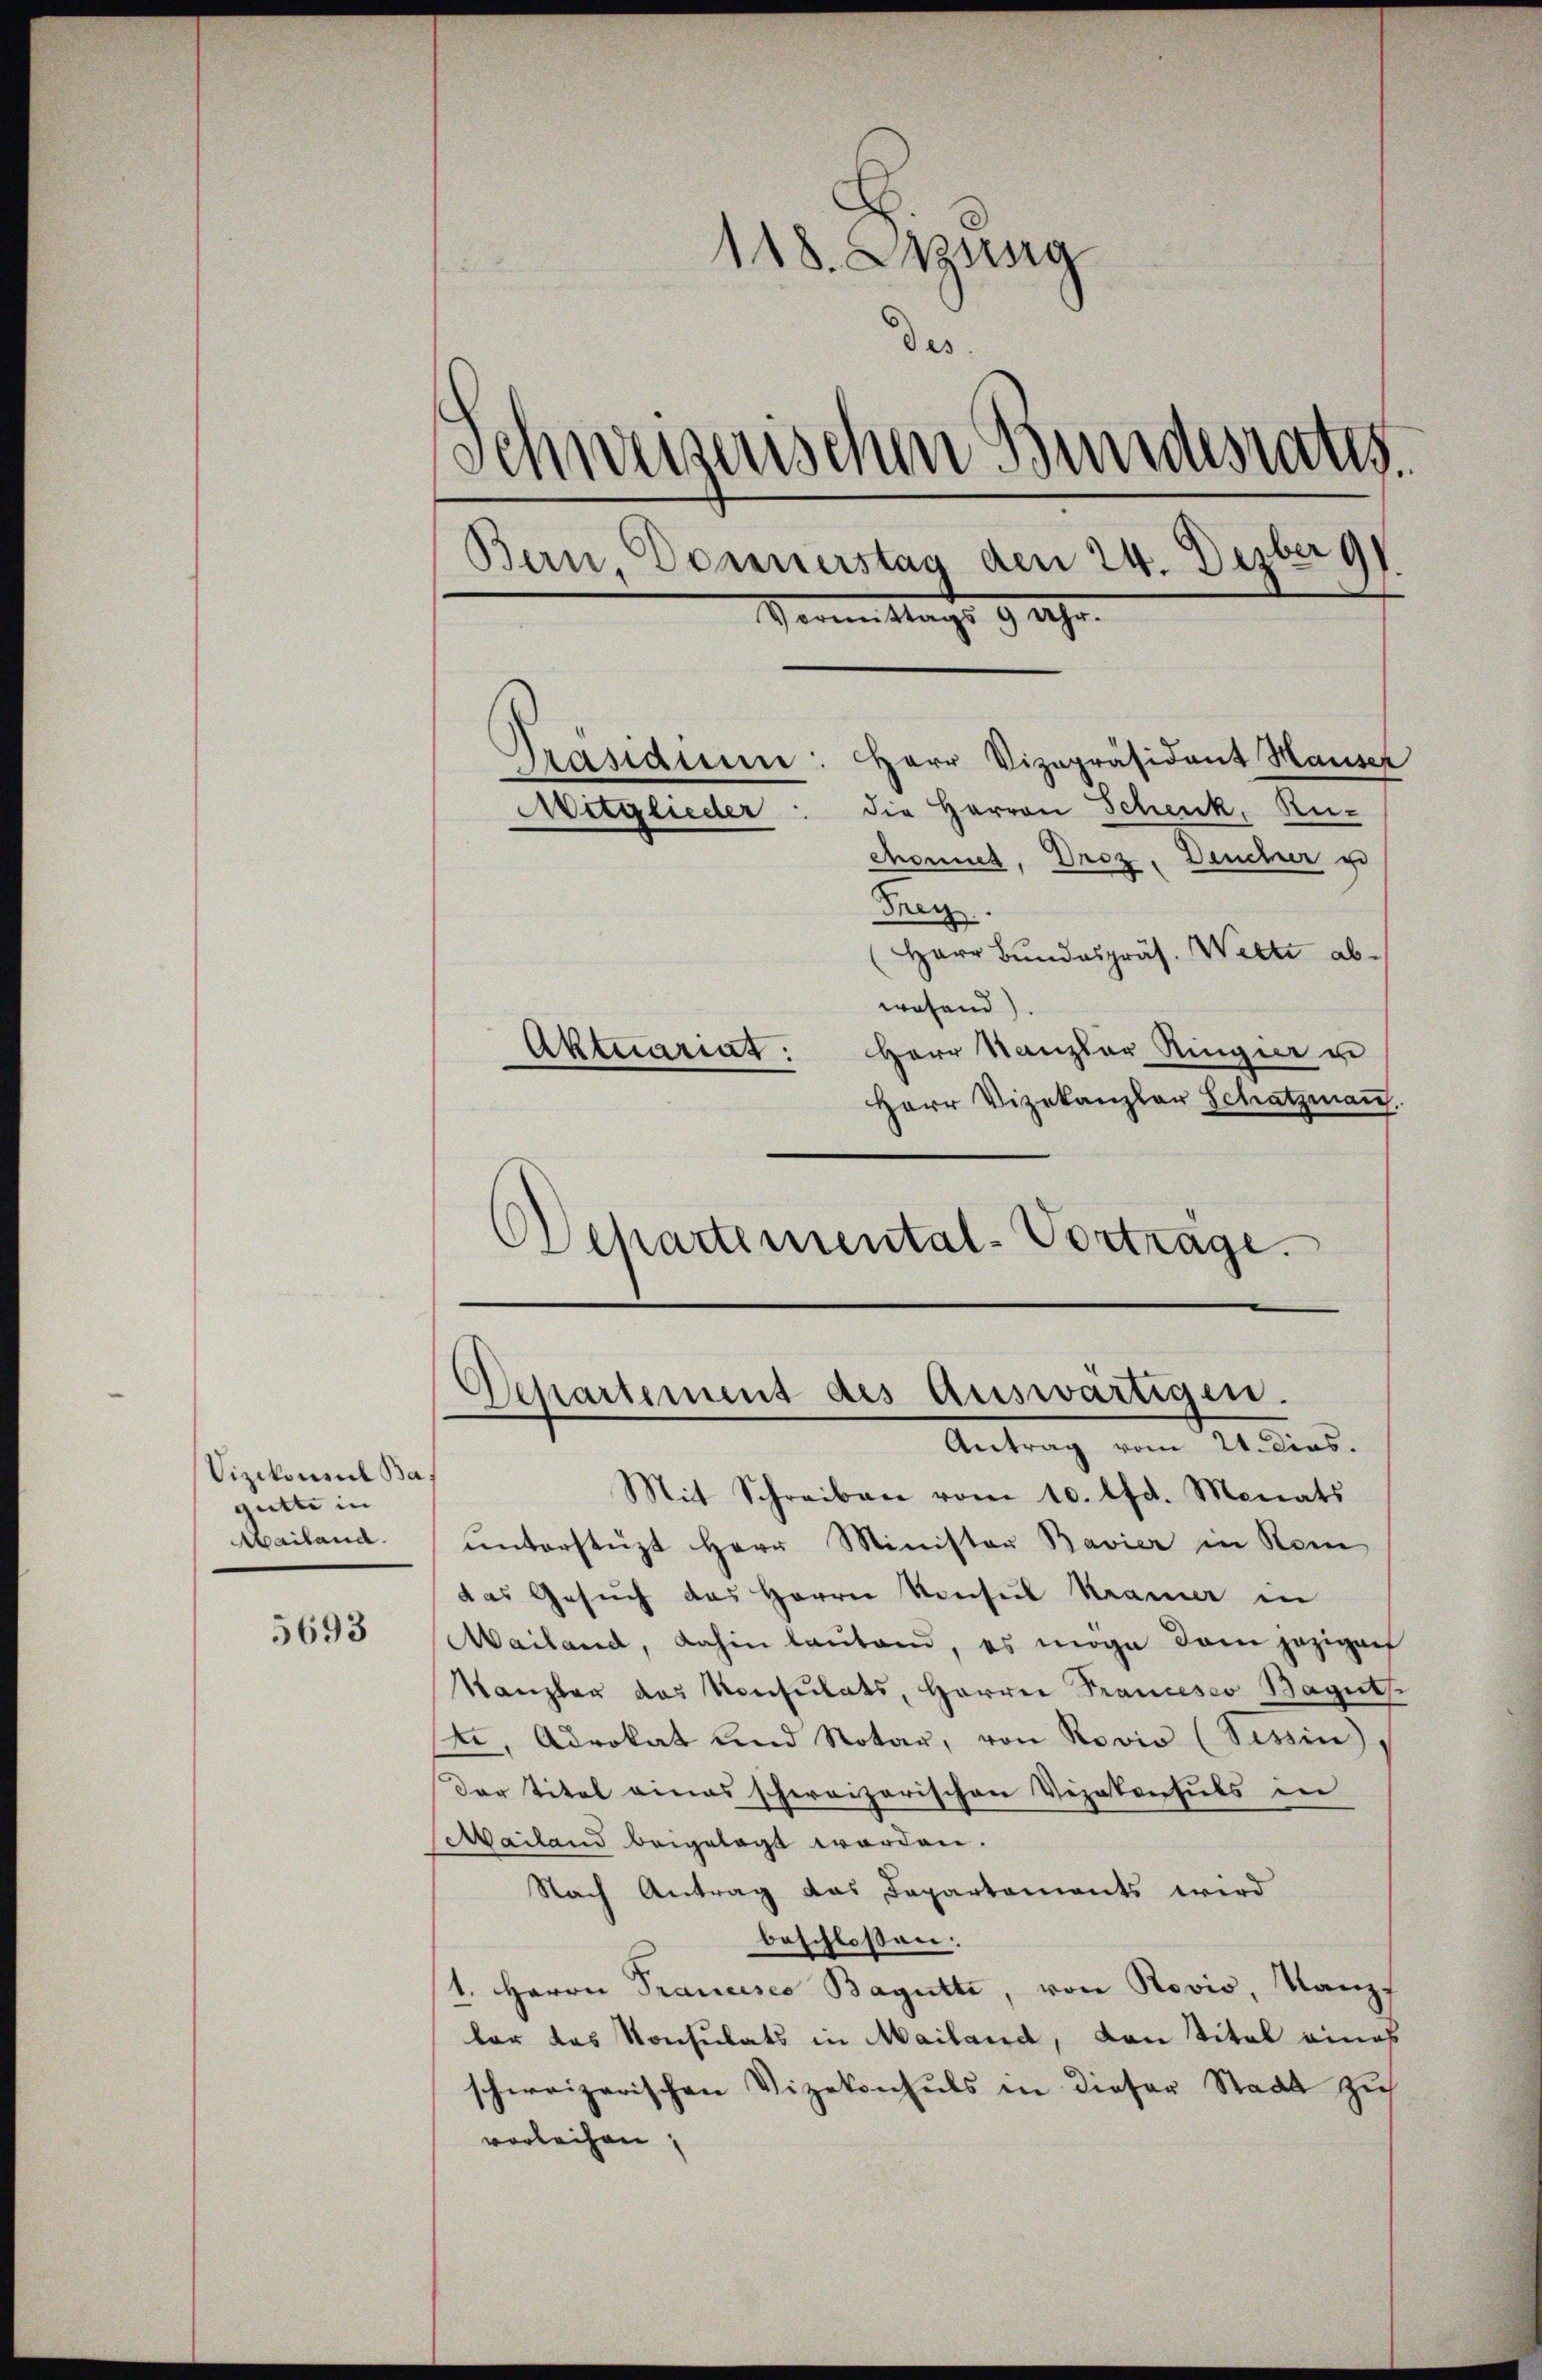
Vizekonsul Bas
gutte in
Mailand.

5693

118. Sitzung
des.
Schweizerischen Bundesraths
Bern, Donnerstag den 24. Dezber 191
Seren Stags 9 Uhr.

Präsidien: Herr Vizepräsident Hauser
die Herren Schenk, Re-
chonnet, Droz, Deucher e
Frey.
Herr Bundespräs. Welti abwesend)
Aktuariat: Herr Kanzler Ringer u
Herr Vizekanzlar Schatzmann
Departemental-Vortrage.

Aitglieder

Departement des Auswärtigen.
Antrag vom 21. dies.

Mit Schreiben vom 10. lfd. Monats
ŭnterstüzt Herr Minister Bavier in Rom
das Gesuch das Herrn Konsul Kramer in
Mailand, dahin lautend, es möge dem jezigach
Kanzler das Konsulats, Harrer Francesco Baguts.
, Advokat und Notar, von Rovio (Tessin,
Der Titel eines schweizerischen Vizekonsuls in
Mailand beigelegt worden.
Nach Antrag das Departements wird
beschlossen:
1. Herrn Prancisco Bagütte, von Rovio, Kanz
lar das Konsulats in Mailand, von Titel eines
schweizerischen Vizekonsuls in dieser Stadt zus
vorleihen,